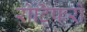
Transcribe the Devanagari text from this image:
रोटिफरों